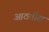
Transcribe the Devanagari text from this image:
आठवीस